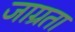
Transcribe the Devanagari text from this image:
जाग्रता